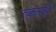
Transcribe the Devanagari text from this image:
रुकारहि